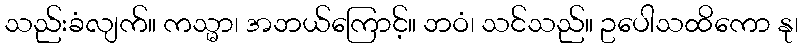
သည်းခံလျက်။ ကသ္မာ၊ အဘယ်ကြောင့်။ ဘဝံ၊ သင်သည်။ ဥပေါသထိကော နု၊